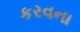
કરવના